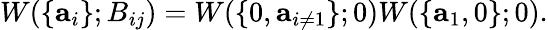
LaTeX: W(\lbrace\mathbf{a}_{i}\rbrace;B_{ij})=W(\lbrace 0,\mathbf{a}_{i\neq 1}\rbrace;0)W(\lbrace\mathbf{a}_{1},0\rbrace;0).